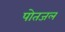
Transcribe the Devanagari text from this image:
पोतजल